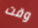
وقت